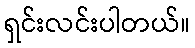
ရှင်းလင်းပါတယ်။